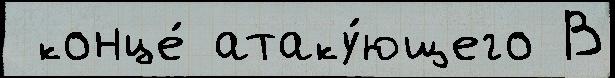
 конце́ атаку́ющего В